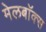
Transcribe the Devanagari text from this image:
मेलबाॅक्स